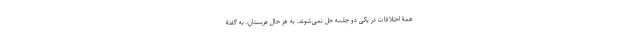
همۀ اختلافات در یکی دو جلسه حل نمی‌شوند. به هر حال عربستان، به گفتۀ